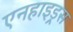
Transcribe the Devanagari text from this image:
एनहाइड्रस